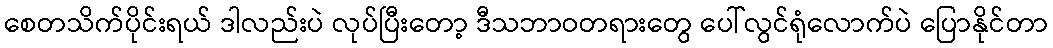
စေတသိက်ပိုင်းရယ် ဒါလည်းပဲ လုပ်ပြီးတော့ ဒီသဘာဝတရားတွေ ပေါ်လွင်ရုံလောက်ပဲ ပြောနိုင်တာ